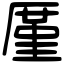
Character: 厪